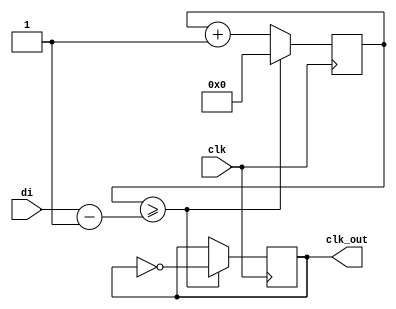
module clk_divider(
    input clk,
    input [31:0] di,
    output reg clk_out
);

    reg [31:0] counter; 
    
    initial begin
        clk_out = 0;
        counter = 0;
    end
    
    always @(posedge clk)
    begin
        if (counter >= di - 1) begin
            counter <= 0;
            clk_out <= ~clk_out; // toggle clk_out every di clock cycles
        end else begin
            counter <= counter + 1;
        end
    end
endmodule